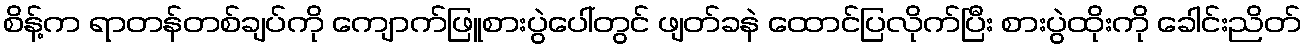
စိန့်က ရာတန်တစ်ချပ်ကို ကျောက်ဖြူစားပွဲပေါ်တွင် ဖျတ်ခနဲ ထောင်ပြလိုက်ပြီး စားပွဲထိုးကို ခေါင်းညိတ်